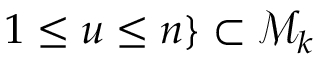
1 \le u \le n \} \subset { \mathcal M } _ { k }